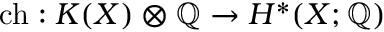
\operatorname { c h } : K ( X ) \otimes \mathbb { Q } \to H ^ { * } ( X ; \mathbb { Q } )